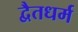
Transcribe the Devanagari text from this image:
द्वैतधर्म